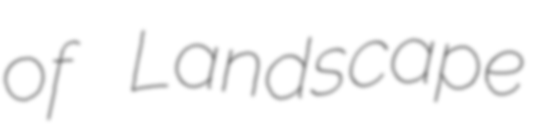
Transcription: of Landscape